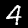
Label: 4